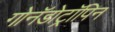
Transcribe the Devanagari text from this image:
गोनॅडोट्रॉपिन